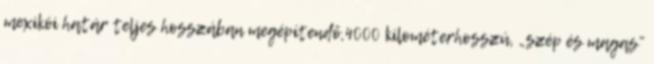
mexikói határ teljes hosszában megépítendő,4000 kilométerhosszú, „szép és magas”